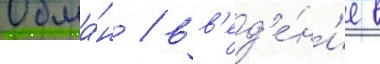
Обма́н / вв'ед'е́н'ие в